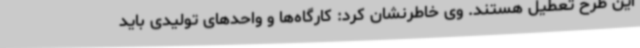
این طرح تعطیل هستند. وی خاطرنشان کرد: کارگاه‌ها و واحدهای تولیدی باید